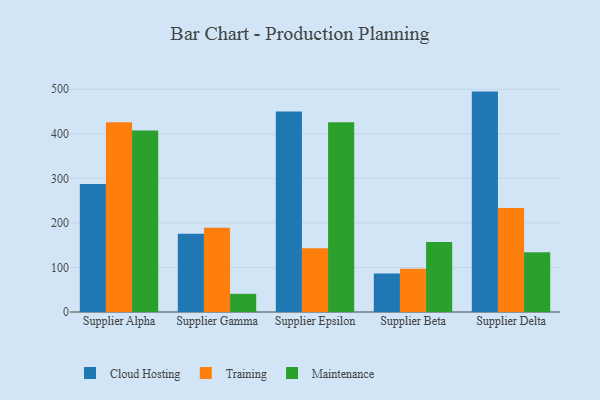
{"axis": {"x": "Supplier", "y": "Energy Usage (MWh)"}, "legend": ["Cloud Hosting", "Maintenance", "Training"], "data": [{"x": "Supplier Alpha", "y": 287.6, "type": "Cloud Hosting"}, {"x": "Supplier Alpha", "y": 426.2, "type": "Training"}, {"x": "Supplier Alpha", "y": 407.3, "type": "Maintenance"}, {"x": "Supplier Gamma", "y": 175.4, "type": "Cloud Hosting"}, {"x": "Supplier Gamma", "y": 189.2, "type": "Training"}, {"x": "Supplier Gamma", "y": 40.8, "type": "Maintenance"}, {"x": "Supplier Epsilon", "y": 450.3, "type": "Cloud Hosting"}, {"x": "Supplier Epsilon", "y": 143.3, "type": "Training"}, {"x": "Supplier Epsilon", "y": 426.2, "type": "Maintenance"}, {"x": "Supplier Beta", "y": 86.5, "type": "Cloud Hosting"}, {"x": "Supplier Beta", "y": 97.3, "type": "Training"}, {"x": "Supplier Beta", "y": 157.3, "type": "Maintenance"}, {"x": "Supplier Delta", "y": 494.8, "type": "Cloud Hosting"}, {"x": "Supplier Delta", "y": 233.7, "type": "Training"}, {"x": "Supplier Delta", "y": 133.9, "type": "Maintenance"}]}